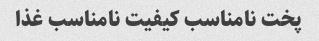
پخت نامناسب کیفیت نامناسب غذا